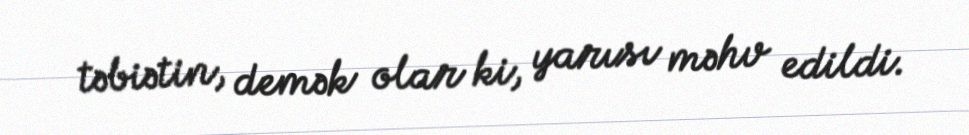
təbiətin, demək olar ki, yarısı məhv edildi.